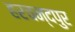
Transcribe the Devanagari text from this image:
हरचन्‍दपुर